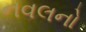
નવલનો